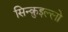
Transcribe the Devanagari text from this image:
सिन्क़ुइल्लो